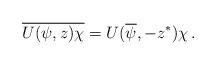
LaTeX: \begin{align*}\overline{U(\psi,z)\chi}=U(\overline\psi,-z^\ast)\chi\,.\end{align*}